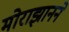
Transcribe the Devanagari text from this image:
मोराझानने